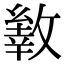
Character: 𢿐